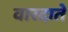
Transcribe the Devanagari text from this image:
वारदाते